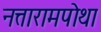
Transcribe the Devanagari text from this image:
नत्तारामपोथा